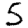
Digit: 5